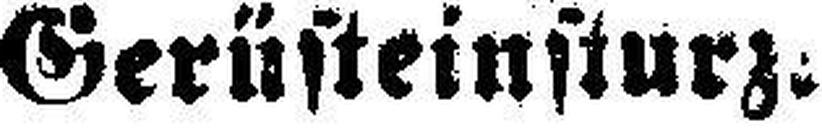
Gerüsteinsturz.